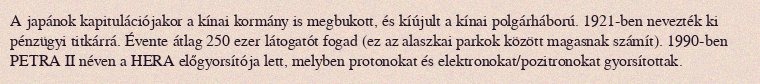
A japánok kapitulációjakor a kínai kormány is megbukott, és kíújult a kínai polgárháború. 1921-ben nevezték ki pénzügyi titkárrá. Évente átlag 250 ezer látogatót fogad (ez az alaszkai parkok között magasnak számít). 1990-ben PETRA II néven a HERA előgyorsítója lett, melyben protonokat és elektronokat/pozitronokat gyorsítottak.